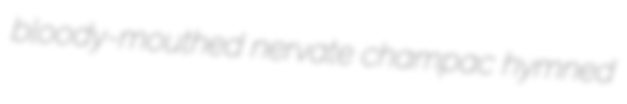
bloody-mouthed nervate champac hymned